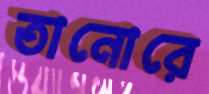
তানোরে